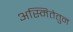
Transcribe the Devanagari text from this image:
अस्मितेतुन